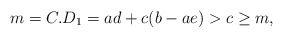
\begin{align*}m=C.D_1=a d+c(b -a e)>c\geq m,\end{align*}